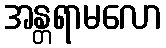
အန္တရာမလော